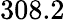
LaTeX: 308.2